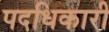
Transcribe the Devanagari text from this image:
पदधिकारी